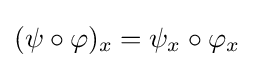
(\psi \circ \varphi )_{x}=\psi _{x}\circ \varphi _{x}